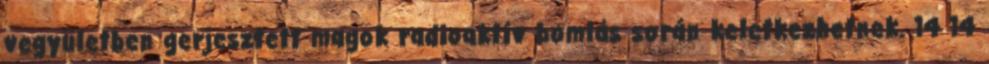
vegyületben gerjesztett magok radioaktív bomlás során keletkezhetnek. 14 14